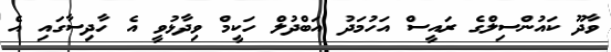
ވާދޫ ކައުންސިލްގެ ރައީސް އަހުމަދު އަބްދުލް ހަކީމް ވިދާޅުވީ އެ ހާދިސާގައި އެ